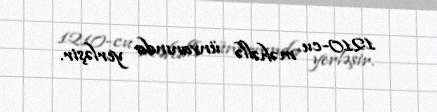
1210-cu məhəllə ünvanında yerləşir.